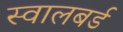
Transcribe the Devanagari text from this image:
स्वालबर्ड